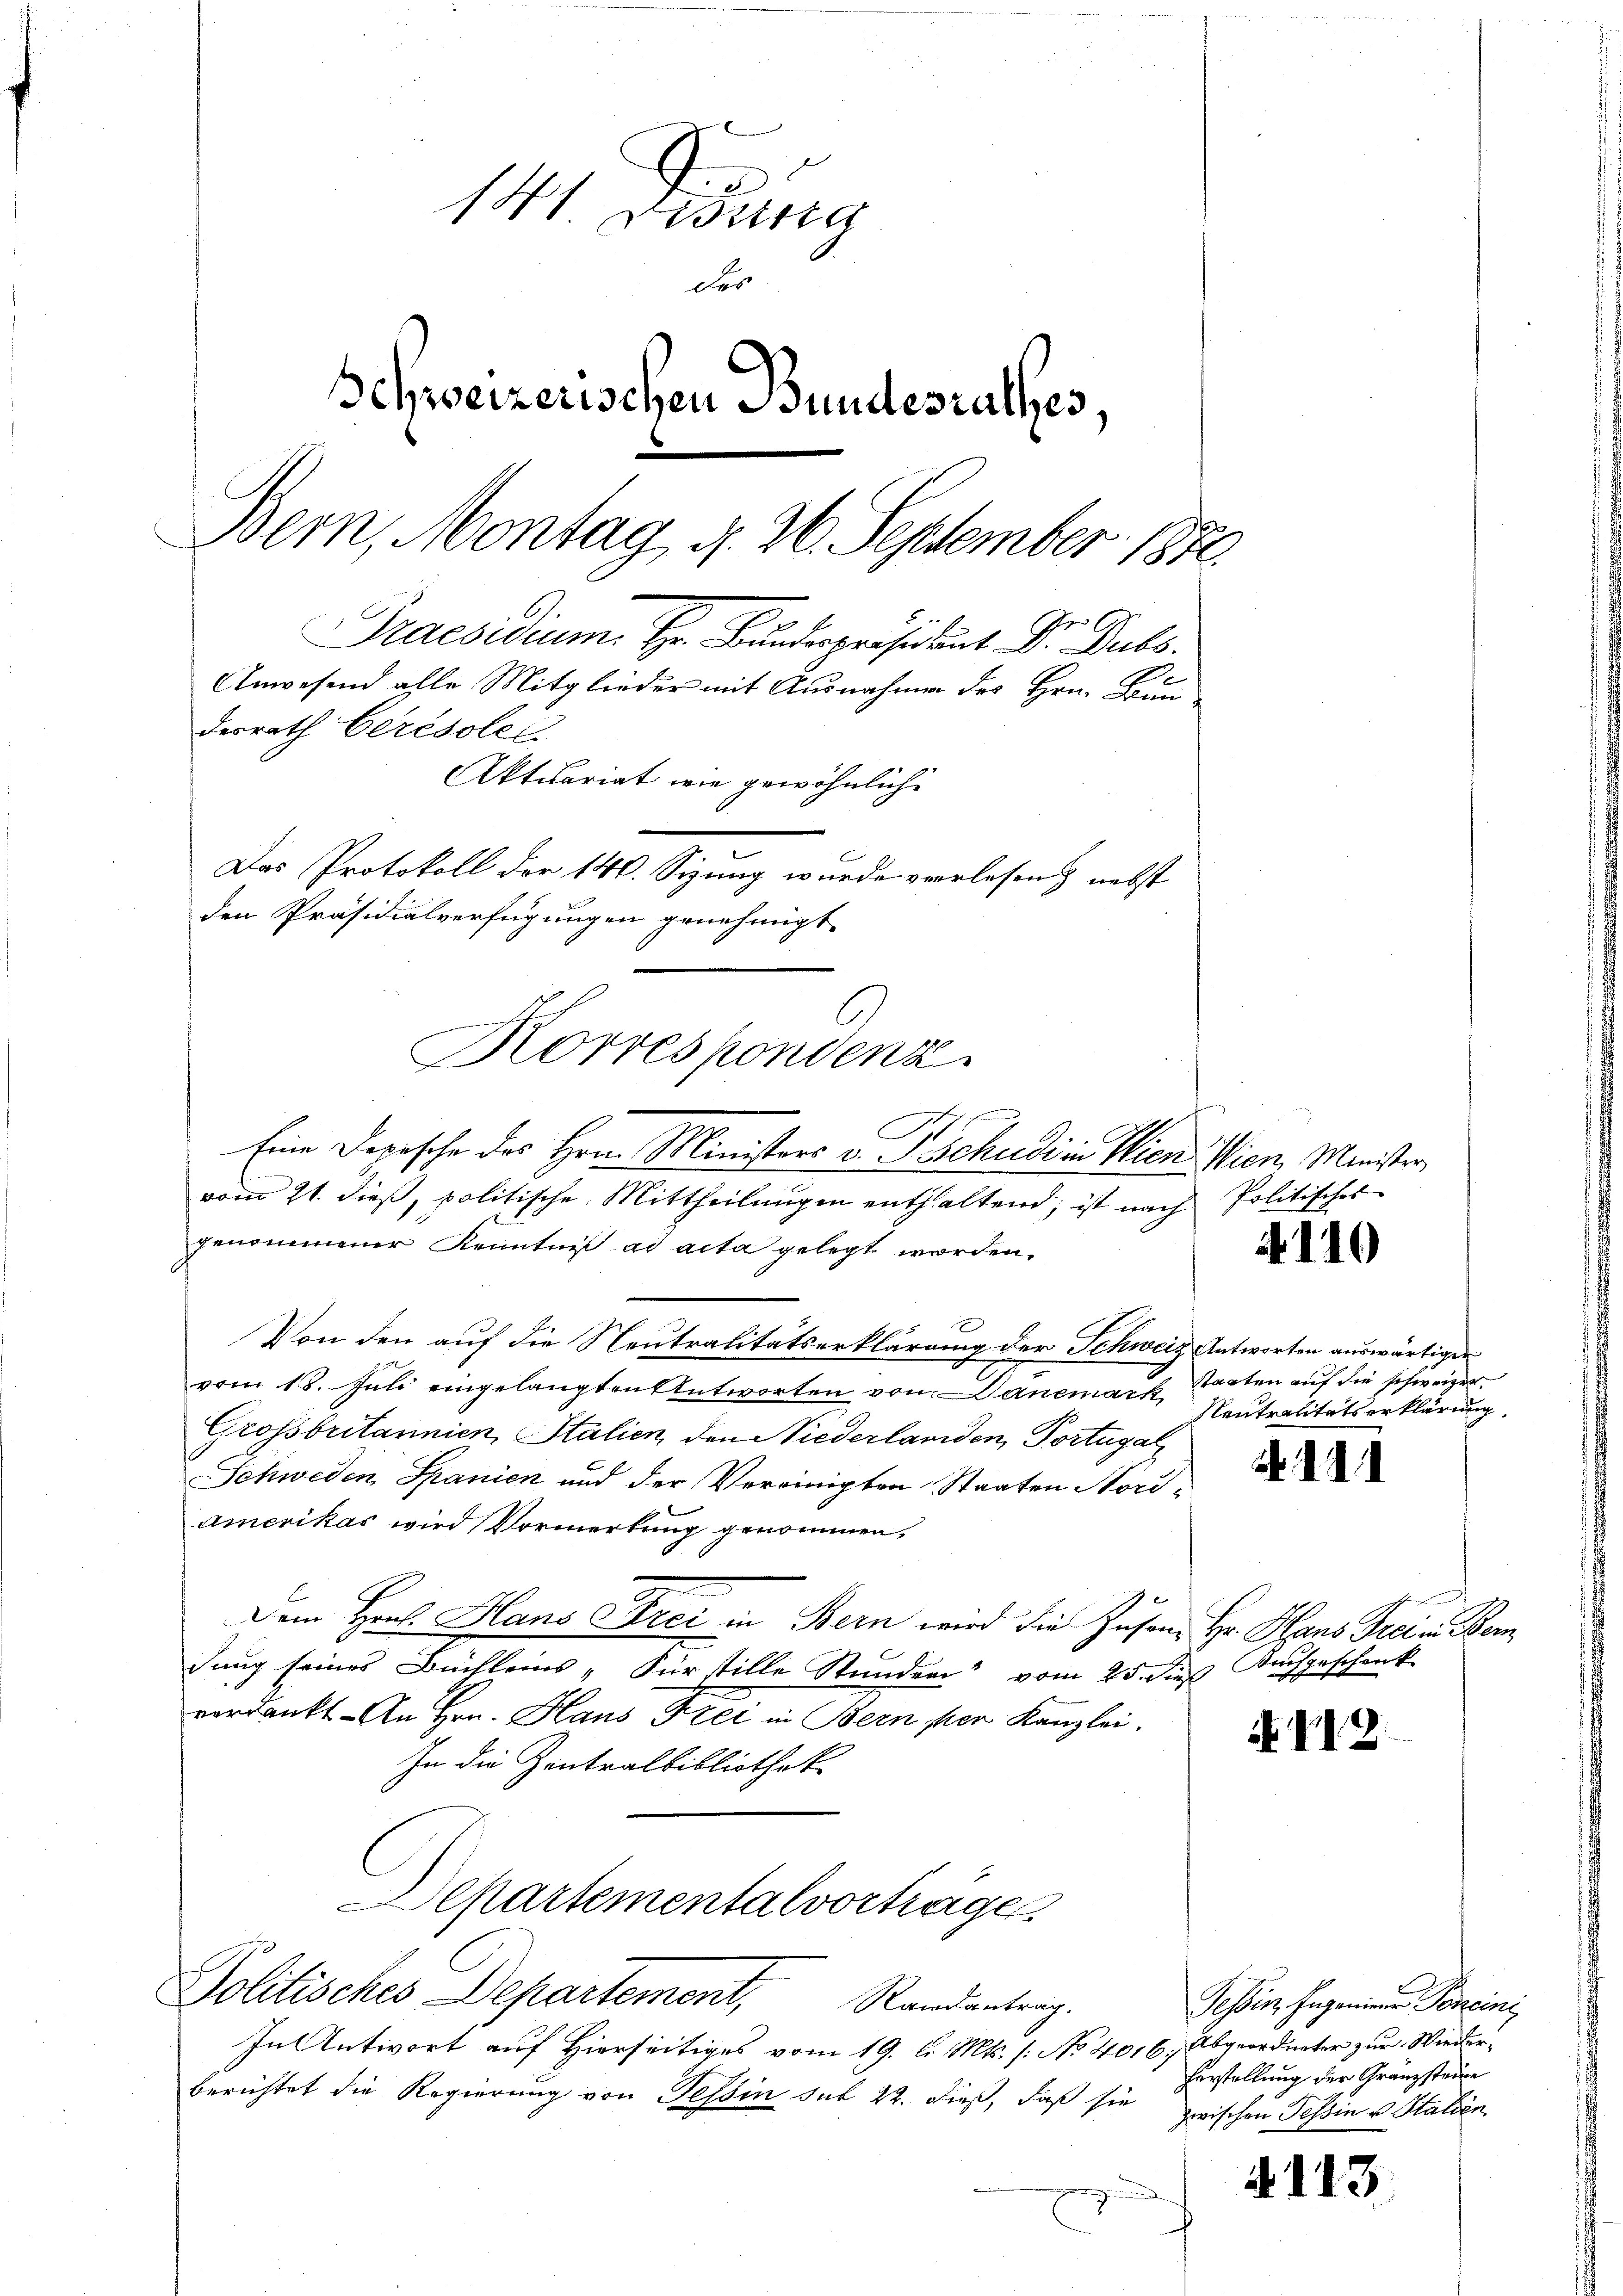
141 dedung
der
Schweizerischen Bundesrathes,
Bern, Montag d. 26. September 1872.
Praesidium. Hr. Bundespräsident Dr. Subs
Anwesend alle Mitglieder mit Ausnahmen des Hrn. Bun
derrath Cerésole
Aktuariat wie gewöhnliche
Das Protokoll der 140. Sizung wurde verlesen, nebst
den Präsidialverfügungen genehmigt.

Korrespondenz

Eine Depesche des Hrn. Ministers v. Tschudi in Wien Wien Minister,
vom 21. dieß, politische Mittheilungen enthaltend, ist nach Politisches
genommener Kenntniß ad acta gelegt worden.
x
Von den auf die Neutralitätserklärung der Schweiz Antworten auswärtigen
vom 15. Juli eingelangten Antworten von Danemark starten auf die schweizer
Grossbritannien, Stalien, den Niederlanden, Portugal
Schweden Spanien und der Vereinigten Staaten Storiamerikas wird Vormerkung genommen,
Dem Herl. Hans Frei in Bern wird die Zusen, Hr. Hans Freie Bem
dung seines Büchleins „Für stille Stunden“ vom 25. dieß Nachgeschenk
verdankt. An Hrn. Haus Frei in Bern ser Kanzlei.
In die Zentralbibliothek
Departementalvorträge
Politisches Departement, Randantrag.
In Antwort auf Hierseitiges vom 19. d. Mts. (: No 4016, Abgeordneter zur Wiederberichtet die Regierung von Tessin sub 22. dieß, daß sie zwischen Schin u. Stalien
d
¬

Neutralitätserklärung.

719.

N. 110

N. 111

Tessin, Ingenieren Poneini
Forstellung der Granzsteine

.

13.